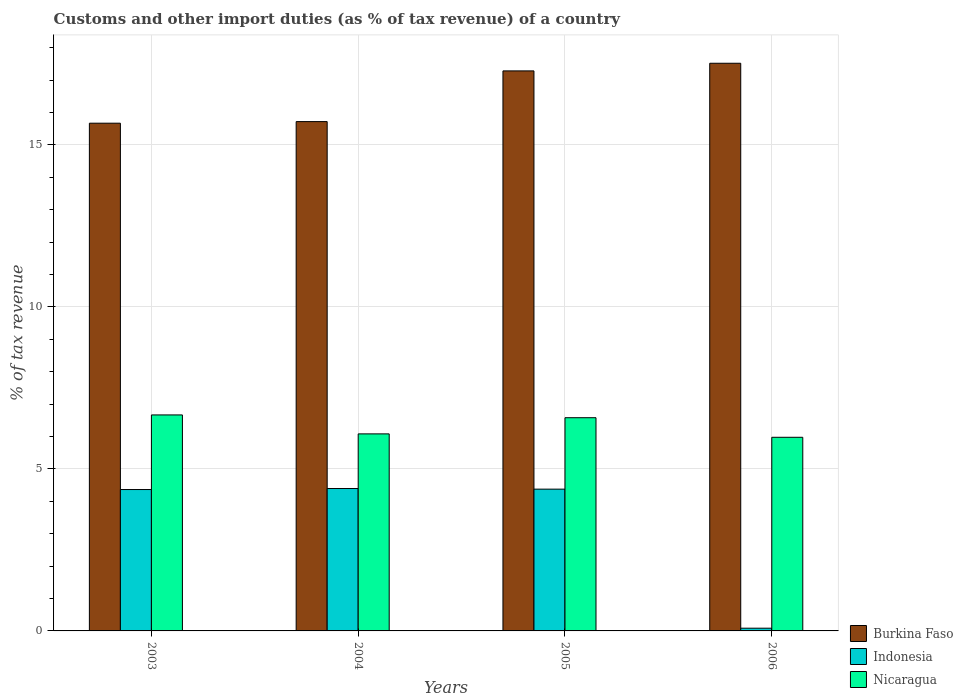
| Years | Burkina Faso | Indonesia | Nicaragua |
 | --- | --- | --- | --- |
 | 2003 | 15.7 | 4.36 | 6.67 |
 | 2004 | 15.7 | 4.4 | 6.08 |
 | 2005 | 17.3 | 4.38 | 6.58 |
 | 2006 | 17.5 | 0.0842 | 5.98 |